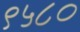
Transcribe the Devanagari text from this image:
९५८०